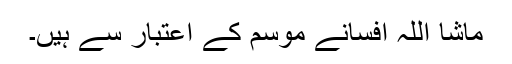
ماشا اللہ افسانے موسم کے اعتبار سے ہیں۔